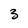
Character: 3